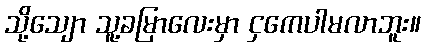
သို့သျော သူ့ခမြာလေးမှာ ငှကေပါမလာဘူး။